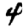
Digit: 4